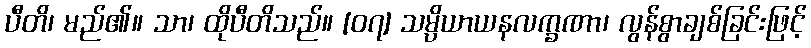
ပီတိ၊ မည်၏။ သာ၊ ထိုပီတိသည်။ [၀၇] သမ္ပိယာယနလက္ခဏာ၊ လွန်စွာချစ်ခြင်းဖြင့်